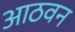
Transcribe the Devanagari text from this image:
आठवन